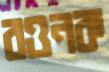
রওনক